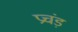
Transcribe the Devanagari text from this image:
प्रचंड़